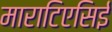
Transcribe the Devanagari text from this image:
माराटिएसिई